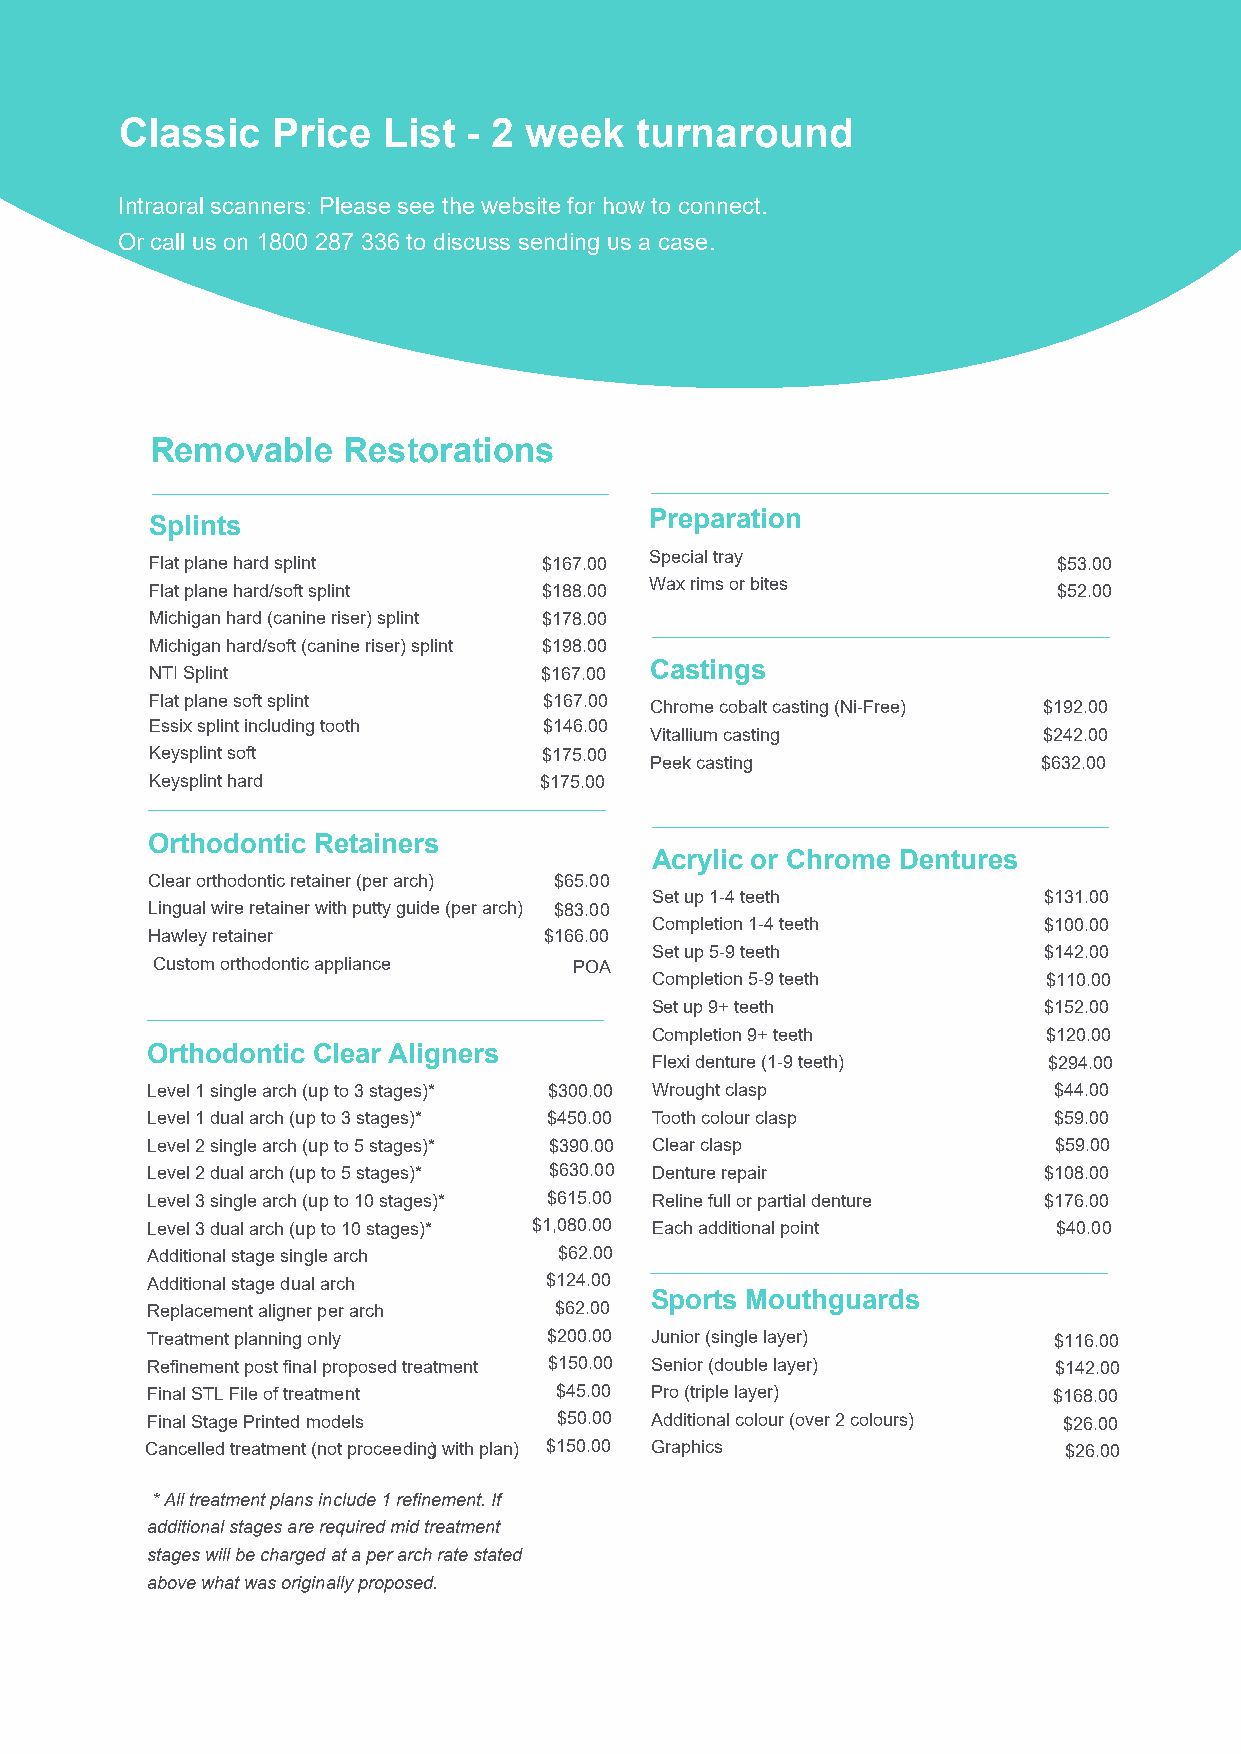
Classic   Price  List  - 2 week   turnaround
 IInntraoral scanners: Please see the website for how to connect.
 Or call us on 1800 287 336 to discuss sending us a case.
 Removable    Restorations
 Preparation
 Splints
 Special tray
 Flat plane hard splint    $167.00                           $53.00
 Wax rims or bites
 Flat plane hard/soft splint $188.00                         $52.00
 Michigan hard (canine riser) splint $178.00
 Michigan hard/soft (canine riser) splint $198.00
 NTI Splint                $167.00 Castings
 Flat plane soft splint    $167.00
 Chrome cobalt casting (Ni-Free) $192.00
 Essix splint including tooth $146.00
 Vitallium casting         $242.00
 Keysplint soft            $175.00
 Peek casting              $632.00
 Keysplint hard            $175.00
 Orthodontic Retainers
 Acrylic or Chrome Dentures
 Clear orthodontic retainer (per arch) $65.00
 Set up 1-4 teeth          $131.00
 Lingual wire retainer with putty guide (per arch) $83.00
 Completion 1-4 teeth      $100.00
 Hawley retainer           $166.00
 Set up 5-9 teeth          $142.00
 Custom orthodontic appliance POA
 Completion 5-9 teeth      $110.00
 Set up 9+ teeth           $152.00
 Completion 9+ teeth       $120.00
 Orthodontic Clear Aligners
 Flexi denture (1-9 teeth) $294.00
 Level 1 single arch (up to 3 stages)* $300.00 Wrought clasp $44.00
 Level 1 dual arch (up to 3 stages)* $450.00 Tooth colour clasp $59.00
 Level 2 single arch (up to 5 stages)* $390.00 Clear clasp   $59.00
 Level 2 dual arch (up to 5 stages)* $630.00 Denture repair $108.00
 Level 3 single arch (up to 10 stages)* $615.00 Reline full or partial denture $176.00
 Level 3 dual arch (up to 10 stages)* $1,080.00 Each additional point $40.00
 Additional stage single arch $62.00
 Additional stage dual arch $124.00
 Sports Mouthguards
 Replacement aligner per arch $62.00
 Treatment planning only   $200.00 Junior (single layer)     $116.00
 Refinement post final proposed treatment $150.00 Senior (double layer) $142.00
 Final STL File of treatment $45.00 Pro (triple layer)       $168.00
 Final Stage Printed models $50.00 Additional colour (over 2 colours) $26.00
 Cancelled treatment (not proceeding) with plan) $150.00 Graphics $26.00
 * All treatment plans include 1 refinement. If
 additional stages are required mid treatment
 stages will be charged at a per arch rate stated
 above what was originally proposed.